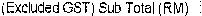
(EXCLUDED GST) SUB TOTAL (RM) :